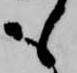
も